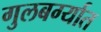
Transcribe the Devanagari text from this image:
गुलबर्ग्यात